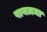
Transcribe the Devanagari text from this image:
पायज़मा